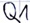
Text: Q1